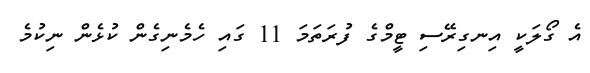
އެ ގޯލަކީ އިނގިރޭސި ޓީމްގެ ފުރަތަމަ 11 ގައި ހެމެނިގެން ކުޅެން ނިކުމެ